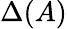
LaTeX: \Delta(A)